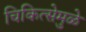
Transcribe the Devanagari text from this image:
चिकित्सेमुळे